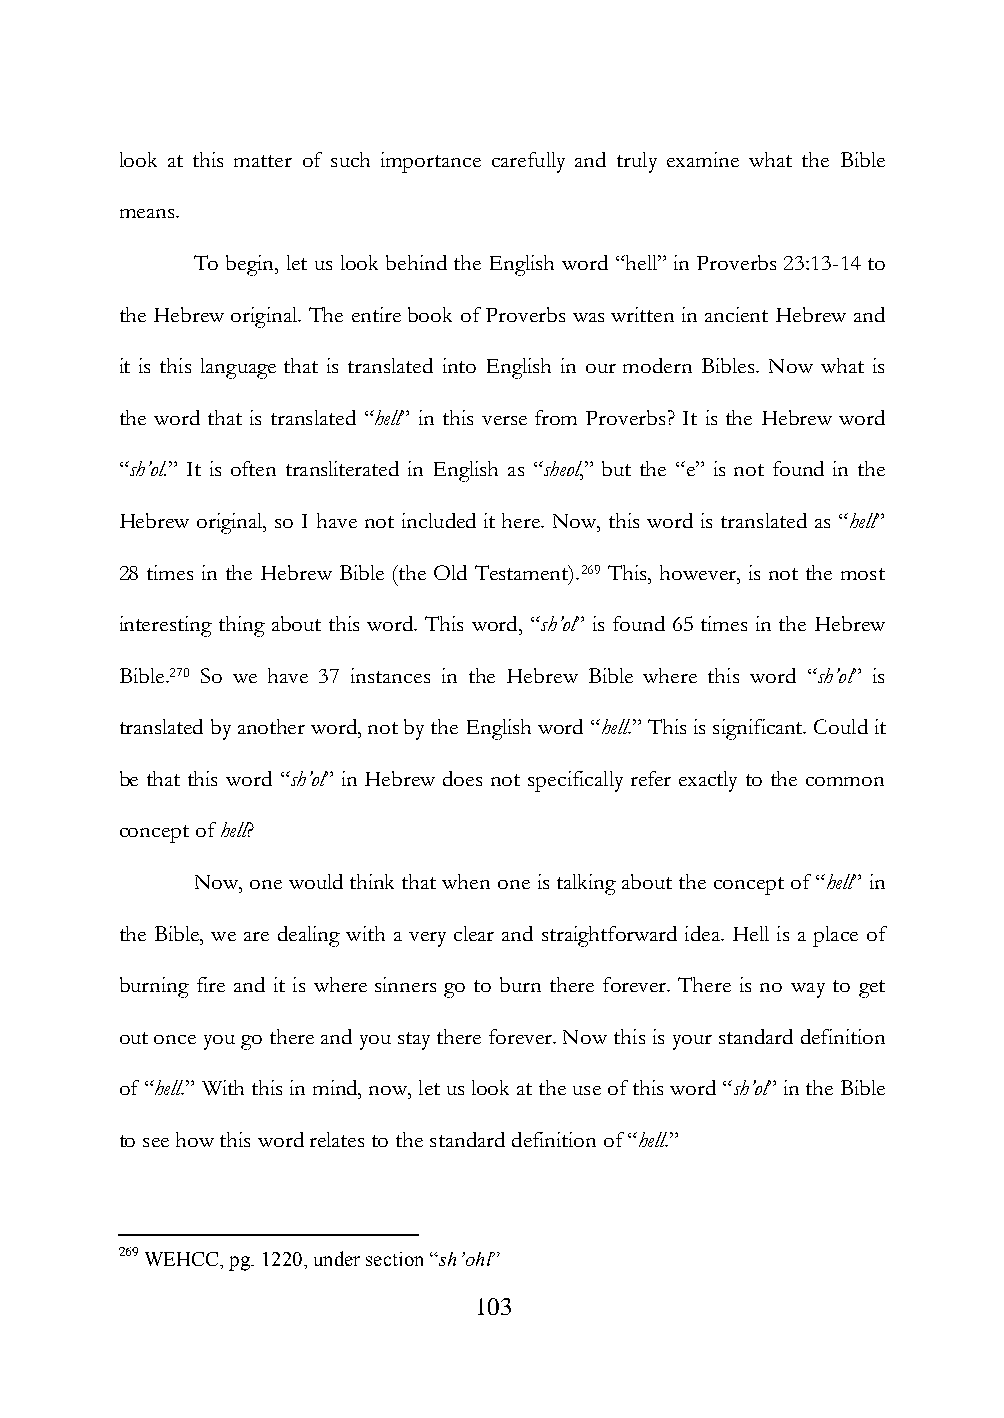
look at this matter of such importance carefully and truly examine what the Bible
 means.
 To begin, let us look behind the English word “hell” in Proverbs 23:13-14 to
 the Hebrew original. The entire book of Proverbs was written in ancient Hebrew and
 it is this language that is translated into English in our modern Bibles. Now what is
 the word that is translated “hell” in this verse from Proverbs? It is the Hebrew word
 “sh’ol.” It is often transliterated in English as “sheol,” but the “e” is not found in the
 Hebrew original, so I have not included it here. Now, this word is translated as “hell”
 28 times in the Hebrew Bible (the Old Testament).269 This, however, is not the most
 interesting thing about this word. This word, “sh’ol” is found 65 times in the Hebrew
 Bible.270 So we have 37 instances in the Hebrew Bible where this word “sh’ol” is
 translated by another word, not by the English word “hell.” This is significant. Could it
 be that this word “sh’ol” in Hebrew does not specifically refer exactly to the common
 concept of hell?
 Now, one would think that when one is talking about the concept of “hell” in
 the Bible, we are dealing with a very clear and straightforward idea. Hell is a place of
 burning fire and it is where sinners go to burn there forever. There is no way to get
 out once you go there and you stay there forever. Now this is your standard definition
 of “hell.” With this in mind, now, let us look at the use of this word “sh’ol” in the Bible
 to see how this word relates to the standard definition of “hell.”
 269 WEHCC, pg. 1220, under section “sh’ohl”
 103